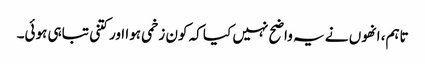
تاہم، انھوں نے یہ واضح نہیں کیا کہ کون زخمی ہوا اور کتنی تباہی ہوئی۔